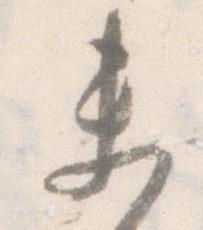
未